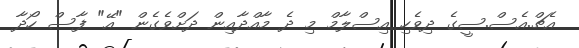
އެޗް.އެސް.ސީގެ ދިވެހި އިސްލާމް މި ދެ މާއްދާއިން ދަށްވެގެން "އޭ" ފާސް ހޯދާ